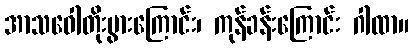
အာသဝေါတိုးပွားကြောင်း၊ ကုန်ခန်းကြောင်း ဂါထာ။